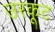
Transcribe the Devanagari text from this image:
उरकूट